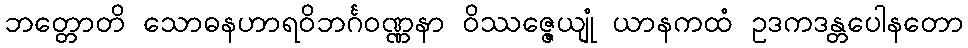
ဘတ္တောတိ သောဓနဟာရဝိဘင်္ဂဝဏ္ဏနာ ဝိဿဇ္ဇေယျုံ ယာနကထံ ဥဒကဒန္တပေါနတော